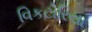
વિકટોરિયા